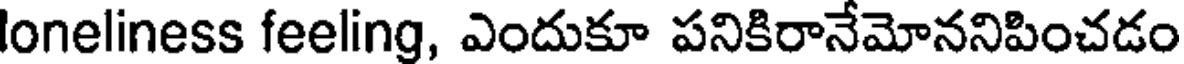
loneliness feeling, ఎందుకూ పనికిరానేమోననిపించడం